Vaccination United Provinces of Agra and Oudh 1902-1913 - 1902-1913
Year: 1902
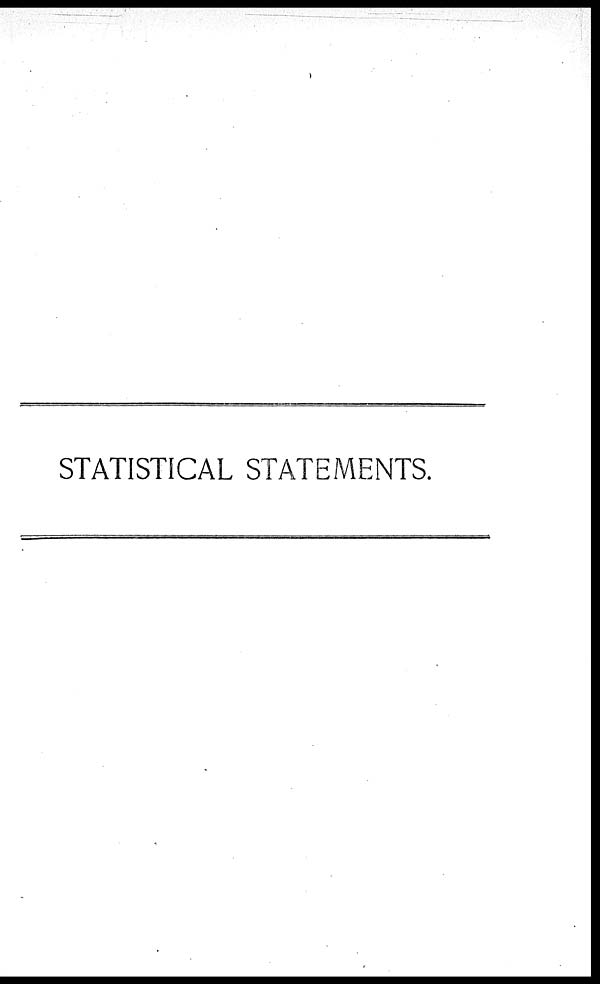
STATISTICAL STATEMENTS.